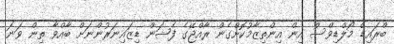
ބްރައިޑް މޯލްޑިވްސް އިން އިންތިޒާމުކޮށްގެން ރާއްޖޭގެ ފެޝަން ޑިޒައިނަރުންނަށް ބާއްވާ ތިން ވަނަ